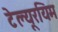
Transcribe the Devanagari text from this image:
टेल्यूरयिम